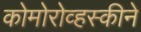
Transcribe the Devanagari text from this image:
कोमोरोव्हस्कीने